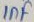
Text: 1nf